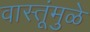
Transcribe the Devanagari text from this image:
वास्तूंमुळे